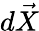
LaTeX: d\vec{X}